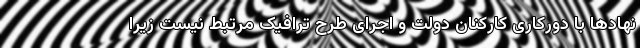
نهادها با دورکاری کارکنان دولت و اجرای طرح ترافیک مرتبط نیست زیرا